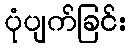
ပုံပျက်ခြင်း